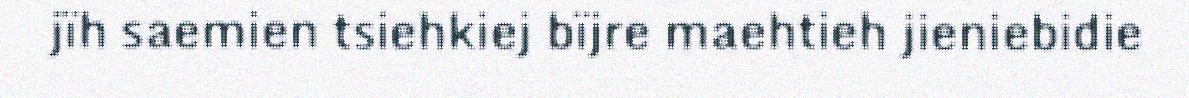
jïh saemien tsiehkiej bïjre maehtieh jieniebidie